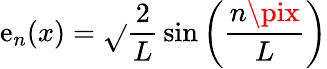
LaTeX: \mathrm{e}_{n}(x)={\sqrt{}{{\frac{{2}}{{L}}}}}\sin\left({\frac{{n\pix}}{{L}}}\right)